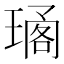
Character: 𤧱